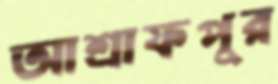
আশ্রাফপুর